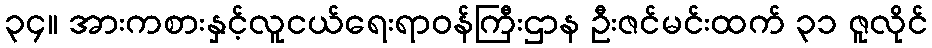
၃၄။ အားကစားနှင့်လူငယ်ရေးရာဝန်ကြီးဌာန ဦးဇင်မင်းထက် ၃၁ ဇူလိုင်